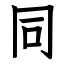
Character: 同